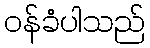
ဝန်ခံပါသည်